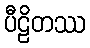
ပီဠိတဿ